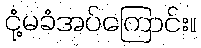
ငုံ့မခံအပ်ကြောင်း။